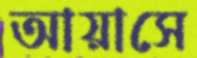
আয়াসে